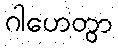
ဂါဟေတွာ